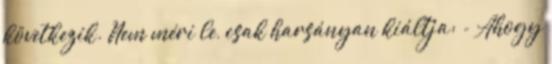
következik. Nem méri le, csak harsányan kiáltja: - Ahogy